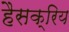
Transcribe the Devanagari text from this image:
हैसक्रिय